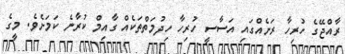
ރާއްޖޭގެ ހުރިހާ ރަށެއްގައި އަސާސީ ހުރިހާ ހިދުމަތްތަކެއް ގާއިމް ކުރާނެ ކަމަށެވެ. މީގެ